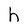
Character: h